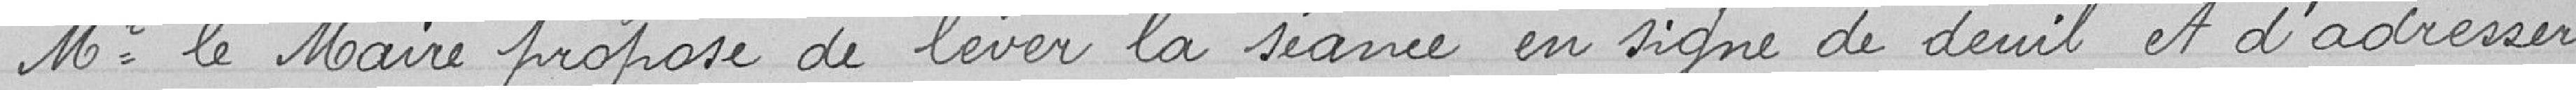
Mr. le Maire propose de lever la séance en signe de deuil et d'adresser